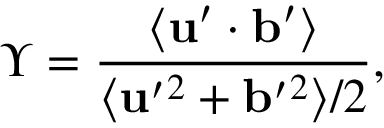
\Upsilon = \frac { \langle { { \bf { u } } ^ { \prime } \cdot { \bf { b } } ^ { \prime } } \rangle } { \langle { { \bf { u } } ^ { \prime } { } ^ { 2 } + { \bf { b } } ^ { \prime } { } ^ { 2 } } \rangle / 2 } ,